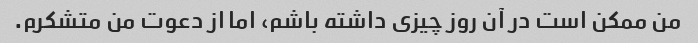
من ممکن است در آن روز چیزی داشته باشم، اما از دعوت من متشکرم.